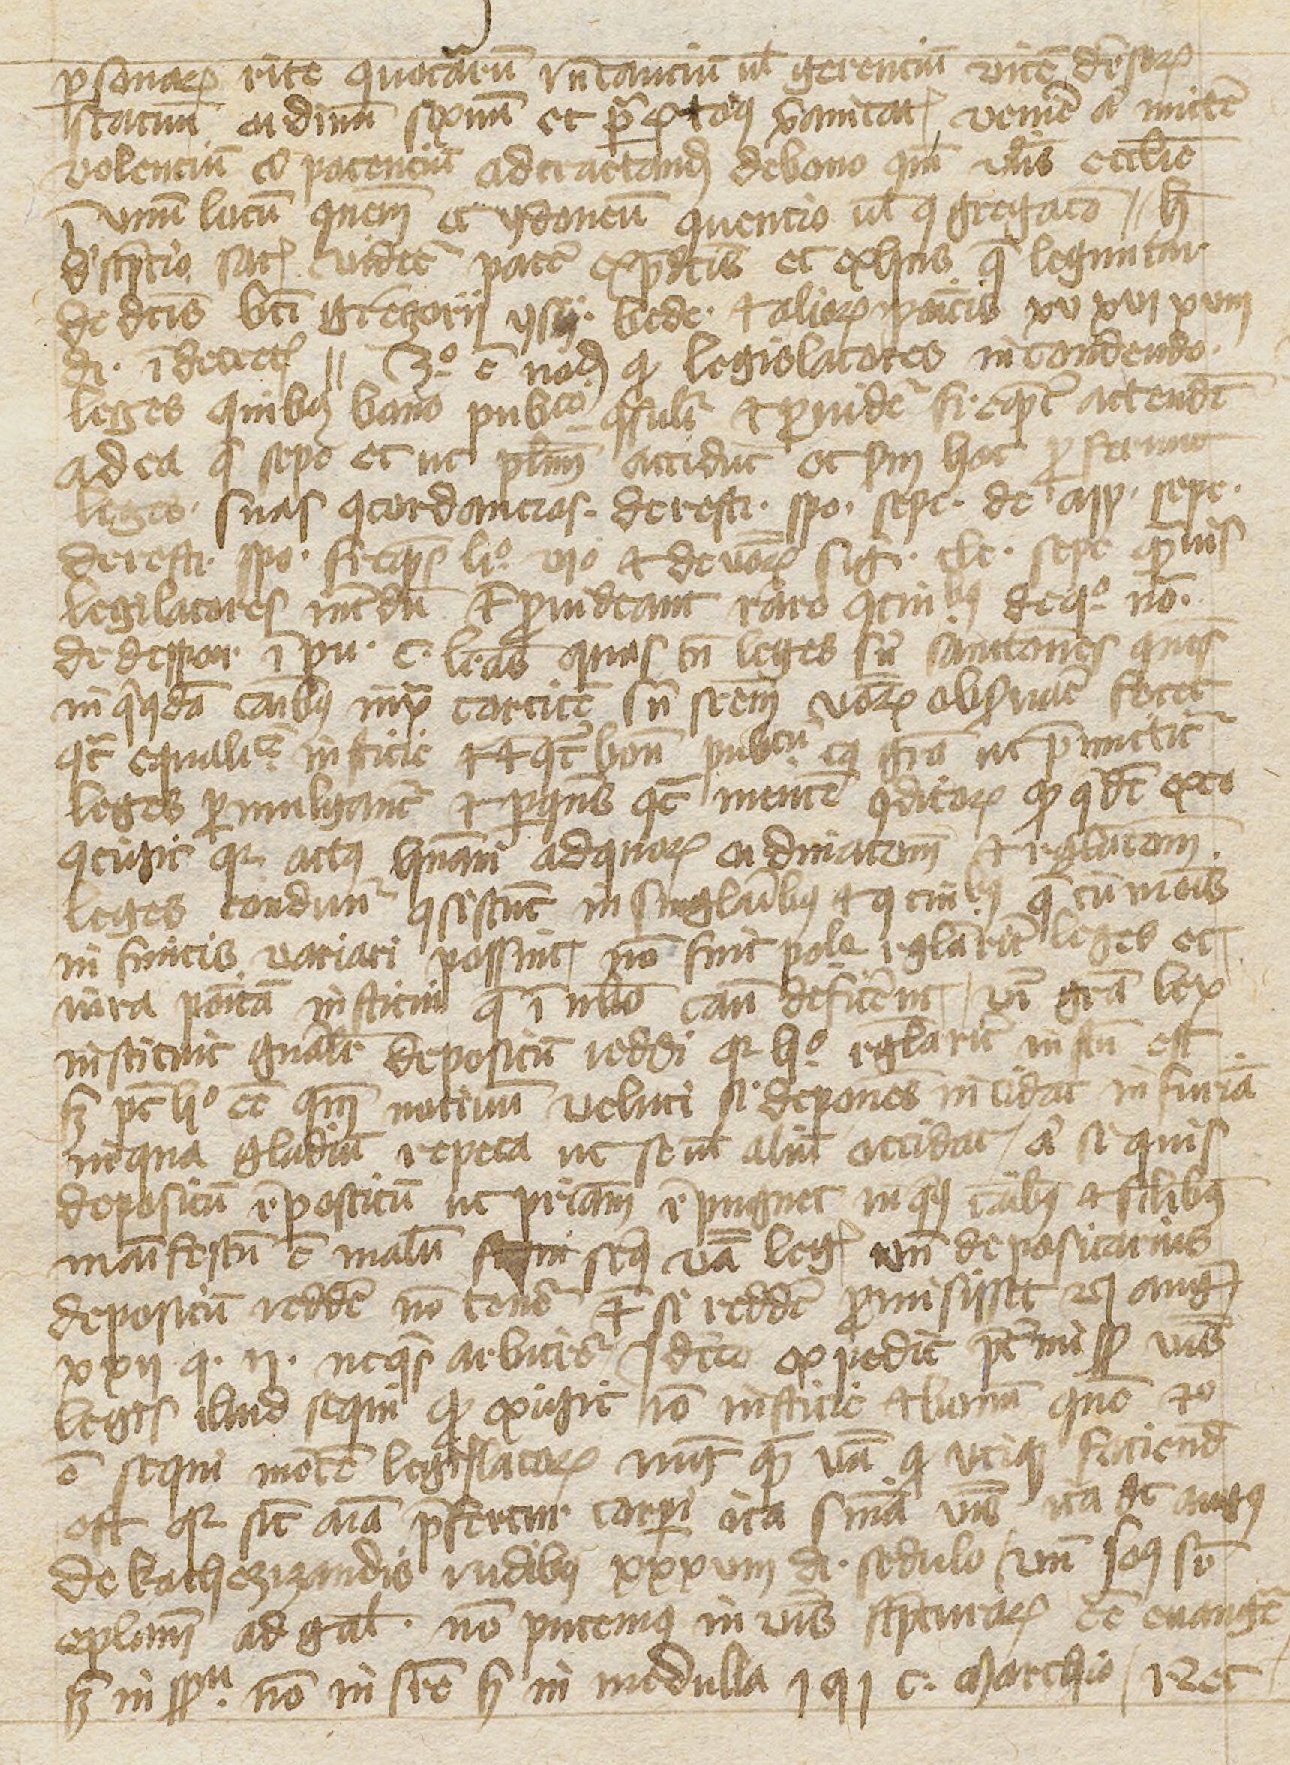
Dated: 1397–1397